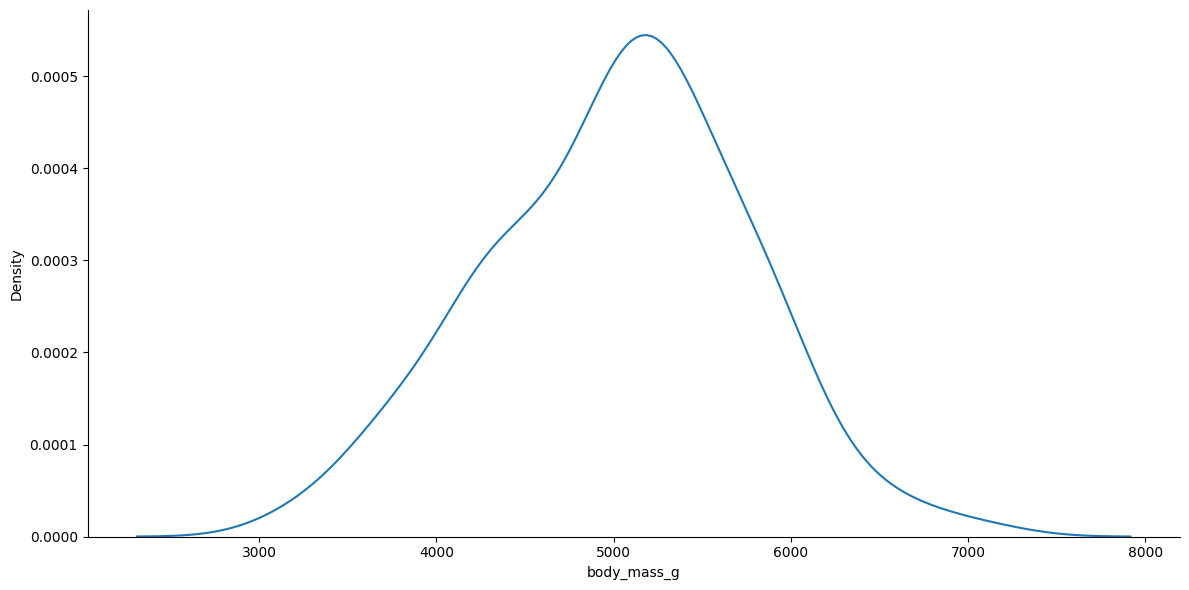
python, seaborn, displot, kind='kde', column='body_mass_g', hue='all', height=6, aspect=2.0